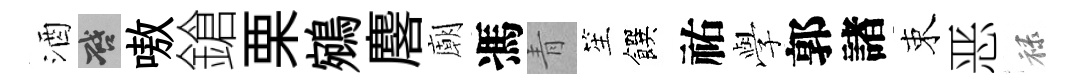
酒啓嗷鎗栗鵷麐廟馮青笙饌祐𫝯郭諸束恶禄